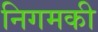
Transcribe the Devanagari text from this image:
निगमकी